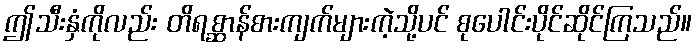
ဤသီးနှံကိုလည်း တိရစ္ဆာန်စားကျက်များကဲ့သို့ပင် စုပေါင်းပိုင်ဆိုင်ကြသည်။